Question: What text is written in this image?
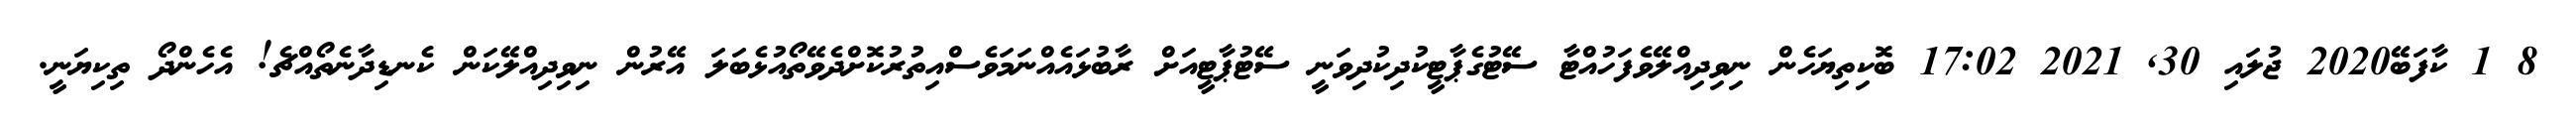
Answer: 8 1 ކާފަބޭ2020 ޖުލައި 30, 2021 17:02 ބޮކިތިޔަހެން ނިވިދިއްލޭވެފަހުއްޓާ ސޭޓުގެޕާޓީކުދިކުދިވަނީ ސޭޓުޕާޓީއަށް ރާބުޅައެއްނަމަވެސްއިތުރުކޮށްދެވޭތޯއުޅެބަލަ އޭރުން ނިވިދިއްލޭކަން ކެނޑިދާނެތޯއްޗެ! އެހެންދޯ ތިކިޔަނީ.